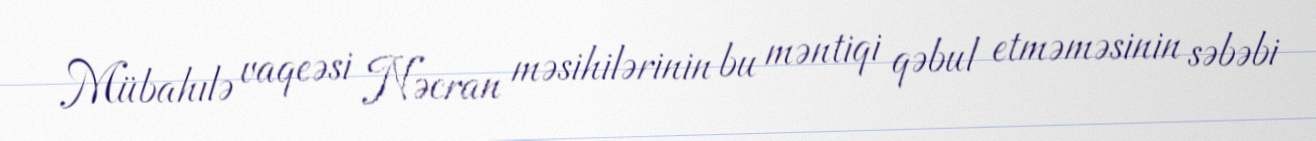
Mübahılə vaqeəsi Nəcran məsihilərinin bu məntiqi qəbul etməməsinin səbəbi